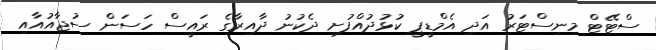
ސްޓޭޓް މިނިސްޓަރު އަދި އެމްޑީޕީ ކުޅުދުއްފުށި ދެކުނު ދާއިރާގެ ރައީސް ހަސަން ސުޖާއުއާއި